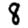
Digit: 8